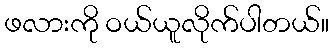
ဖလားကို ဝယ်ယူလိုက်ပါတယ်။